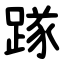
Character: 䠔